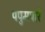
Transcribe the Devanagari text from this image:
पपुमपारे